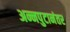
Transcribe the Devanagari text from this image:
अन्नपुटानंतर